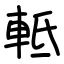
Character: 軧